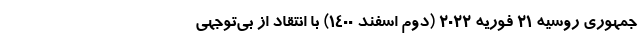
جمهوری روسیه ۲۱ فوریه ۲۰۲۲ (دوم اسفند ۱۴۰۰) با انتقاد از بی‌توجهی